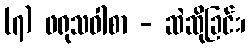
(၇) ဖရုသဝါစာ - ဆဲဆိုခြင်း၊